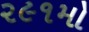
૨૯૧મો